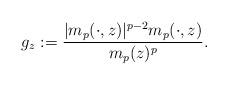
LaTeX: \begin{align*}g_z:=\frac{|m_p(\cdot,z)|^{p-2}m_p(\cdot,z)}{m_p(z)^p}.\end{align*}